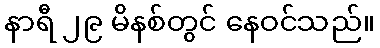
နာရီ ၂၉ မိနစ်တွင် နေဝင်သည်။